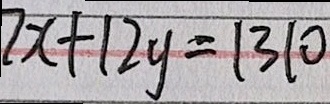
7 x + 1 2 y = 1 3 1 0